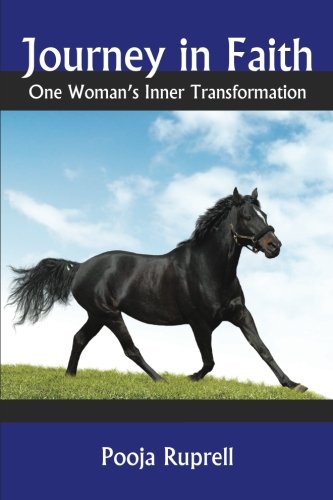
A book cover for Journey in Faith: One Woman's Inner Transformation; Pooja Ruprell; Religion & Spirituality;